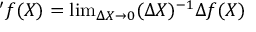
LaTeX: ' f ( X ) = \mathrm { l i m } _ { \Delta X \rightarrow 0 } ( \Delta X ) ^ { - 1 } \Delta f ( X )